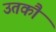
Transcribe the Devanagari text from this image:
उतकौ